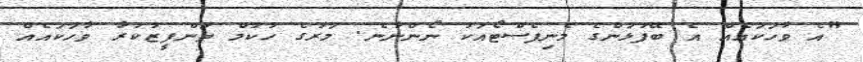
"އެ ވާހަކައެއް އެ ބޭފުޅުންގެ މެނިފެސްޓޯއަކު ނޯންނާނެ. މަރުގެ ހުކުމް ތަންފީޒުކުރާ ވާހަކައެއް